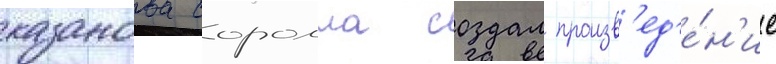
казанова соролла создал произв'ед'е́н'ие